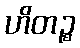
ဟိတဉ္စ